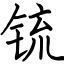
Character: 锍